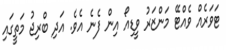
ޓަވަރެއް ވެއްޓޭ މަންޒަރު ވީޑިއޯ އިން ފެނެ އެވެ. އަދި ބްރިޖު މަތީގައި